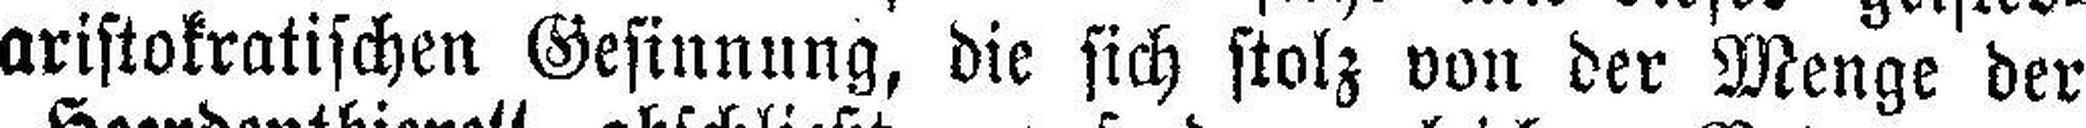
aristokratischen Gesinnung, die sich stolz von der Menge der